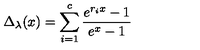
\Delta _ { \lambda } ( x ) = \sum _ { i = 1 } ^ { c } \frac { e ^ { r _ { i } x } - 1 } { e ^ { x } - 1 }